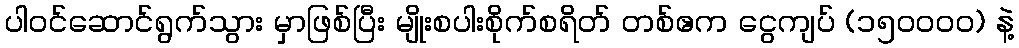
ပါဝင်ဆောင်ရွက်သွား မှာဖြစ်ပြီး မျိုးစပါးစိုက်စရိတ် တစ်ဧက ငွေကျပ် (၁၅၀၀၀၀) နဲ့